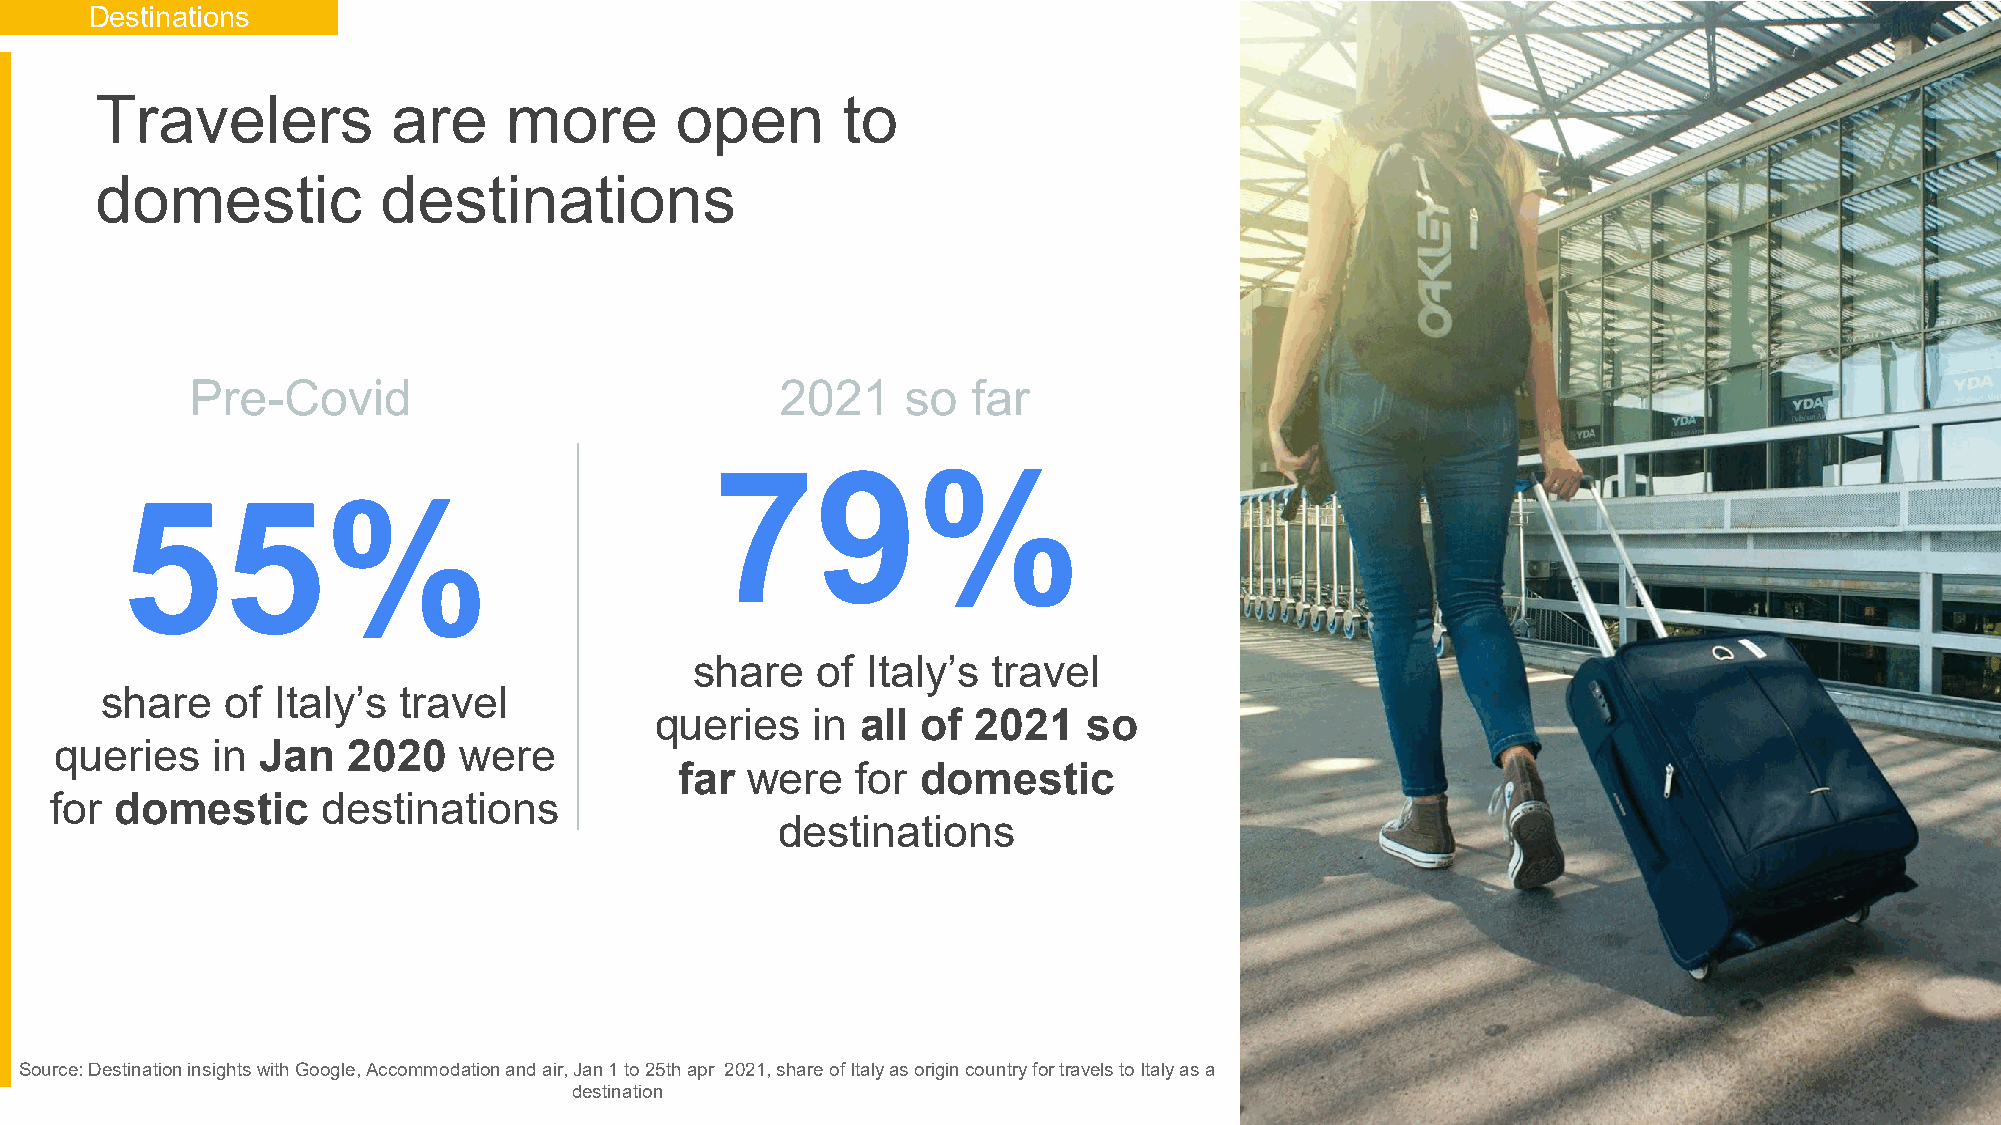
Destinations
 Proprietary + Confidential
 Travelers           are    more        open       to
 domestic           destinations
 Pre-Covid                              2021    so  far
 79%
 55%
 share   of Italy’s  travel
 share   of Italy’s travel
 queries    in all of  2021   so
 queries   in Jan   2020   were
 far were    for domestic
 for  domestic     destinations
 destinations
 Source: Destination insights with Google, Accommodation and air, Jan 1 to 25th apr 2021, share of Italy as origin country for travels to Italy as a
 destination